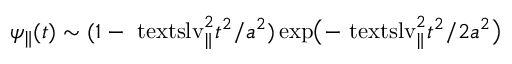
\psi _ { \parallel } ( t ) \sim \smash { ( 1 - \ensuremath { \mathrm { \ t e x t s l { v } } _ { \parallel } } ^ { 2 } t ^ { 2 } / a ^ { 2 } ) \exp \bigl ( - \ensuremath { \mathrm { \ t e x t s l { v } } _ { \parallel } } ^ { 2 } t ^ { 2 } / 2 a ^ { 2 } \bigr ) }